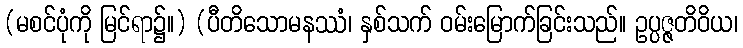
(မစင်ပုံကို မြင်ရာ၌။) (ပီတိသောမနဿံ၊ နှစ်သက် ဝမ်းမြောက်ခြင်းသည်။ ဥပ္ပဇ္ဇတိဝိယ၊